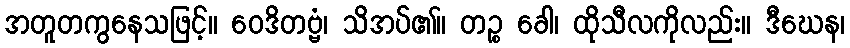
အတူတကွနေသဖြင့်။ ဝေဒိတဗ္ဗံ၊ သိအပ်၏။ တဉ္စ ခေါ၊ ထိုသီလကိုလည်း။ ဒီဃေန၊